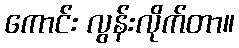
ကောင်း လွန်းလိုက်တာ။